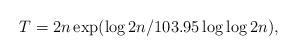
LaTeX: \begin{align*} T= 2n\exp(\log 2n/103.95\log \log 2n),\end{align*}